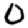
Digit: 0